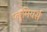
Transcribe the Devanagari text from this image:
प्लूमियर्स